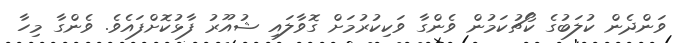
ވަންދެން ކުލަބުގެ ކޯޗުކަމުން ވެންގާ ވަކިކުރުމަށް ގޮވާލައި ޝުއޫރު ފާޅުކޮށްފައެވެ. ވެންގާ މިހާ